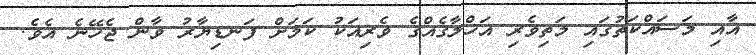
އާއި މަސައްކަތުގައި މަތިވެރި އަޚްލާޤެއްގެ ވެރިއަކު ކަމަށް ފަނޑިޔާރު ވާން ޖެހޭނެ އެވެ.